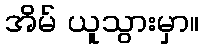
အိမ် ယူသွားမှာ။